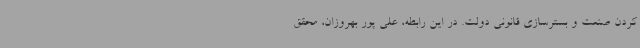
کردن صنعت و بسترسازی قانونی دولت. در این رابطه، علی پور بهروزان، محقق